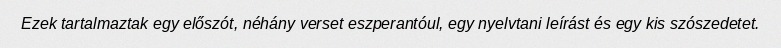
Ezek tartalmaztak egy előszót, néhány verset eszperantóul, egy nyelvtani leírást és egy kis szószedetet.